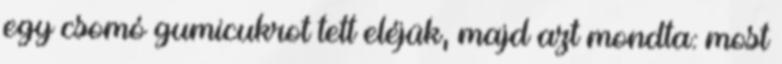
egy csomó gumicukrot tett eléjük, majd azt mondta: most